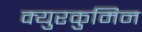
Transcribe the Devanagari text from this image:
क्युरकुमिन